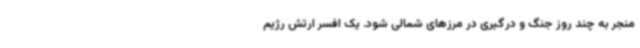
منجر به چند روز جنگ و درگیری در مرزهای شمالی شود. یک افسر ارتش رژیم